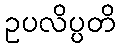
ဥပလိပ္ပတိ